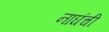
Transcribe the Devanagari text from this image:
नाघंची